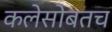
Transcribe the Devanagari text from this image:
कलेसोबतच